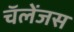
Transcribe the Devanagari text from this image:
चॅलेंजस